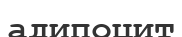
адипоцит